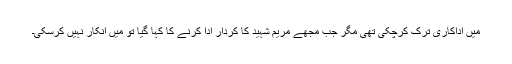
میں اداکاری ترک کرچکی تھی مگر جب مجھے مریم شہید کا کردار ادا کرنے کا کہا گیا تو میں انکار نہیں کرسکی۔